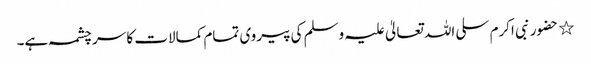
٭ حضور نبی اکرم سلی اللہ تعالیٰ علیہ وسلم کی پیروی تمام کمالات کا سر چشمہ ہے۔